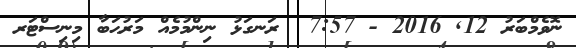
ނޮވެމްބަރު 12